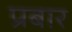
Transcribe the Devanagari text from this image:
प्रबार